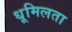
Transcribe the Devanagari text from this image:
धूमिलता